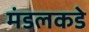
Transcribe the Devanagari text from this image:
मंडलकडे